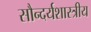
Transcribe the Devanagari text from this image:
सौन्दर्यशास्त्रीय